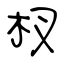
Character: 杈